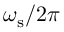
\omega _ { \mathrm { s } } / 2 \pi